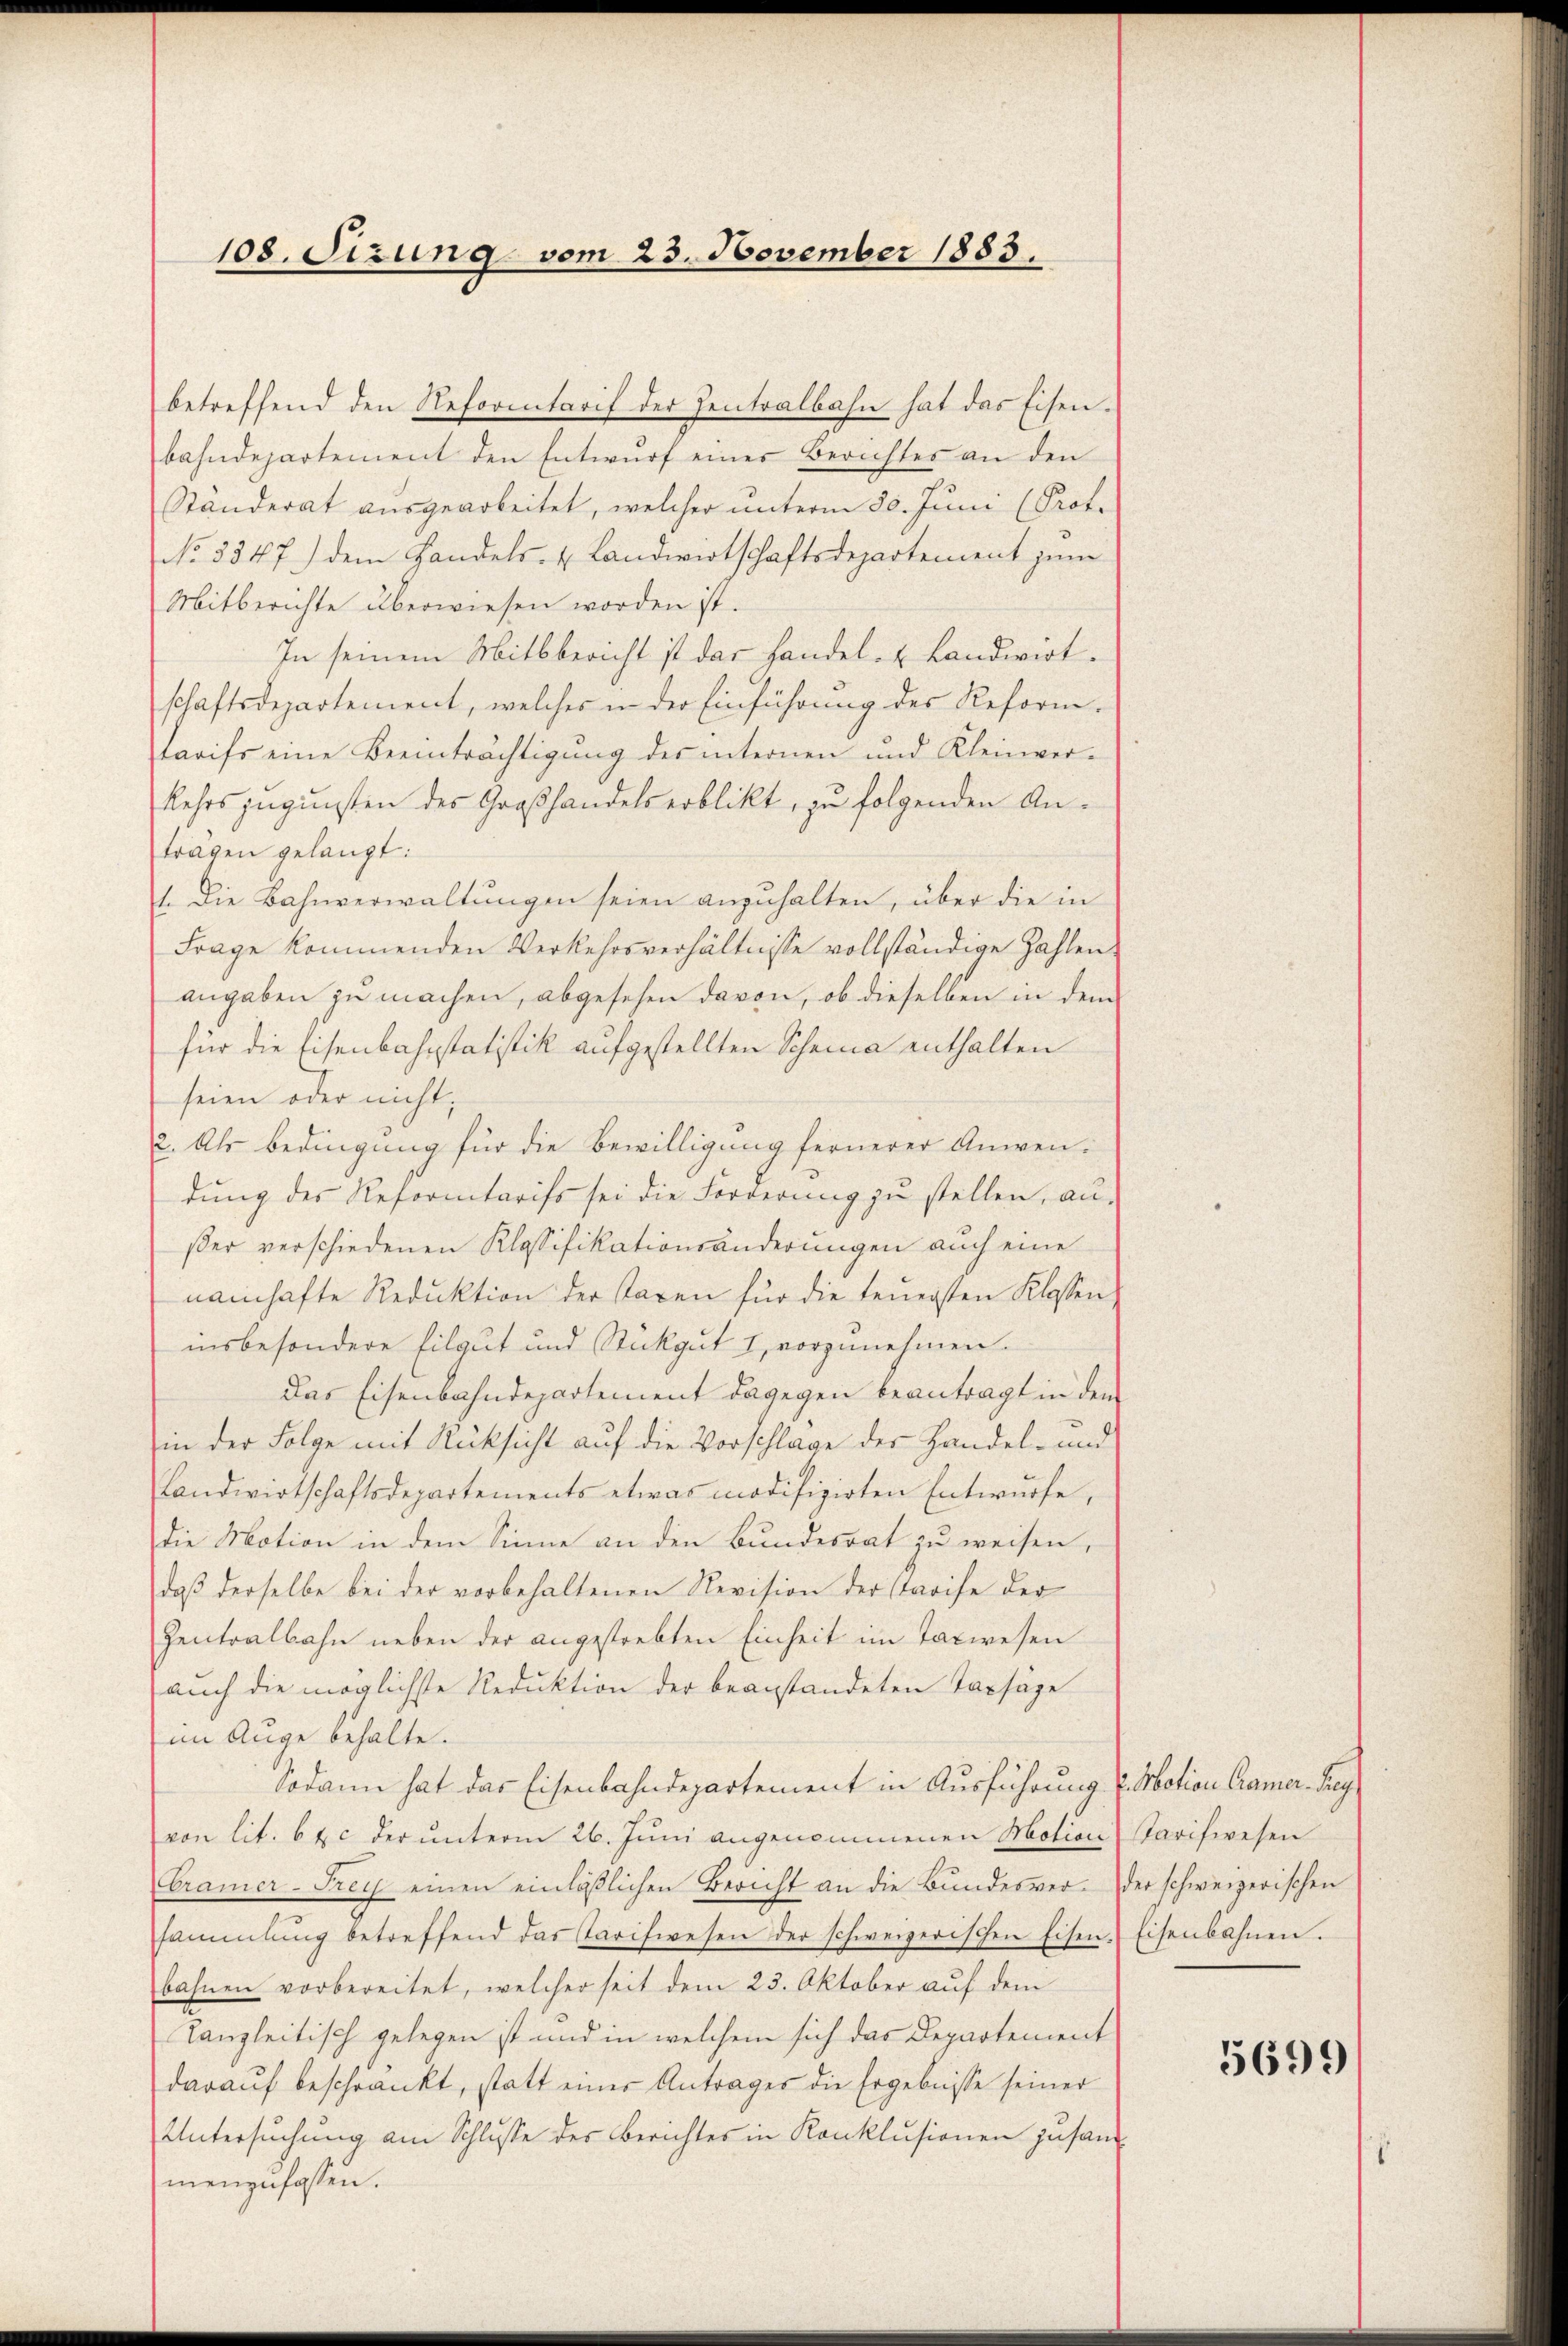
108. Sizung vom 23. November 1883.

betreffend den Reformtarif der Zentralbahn hat das Eisenbahndepartement den Entwurf eines Berichtes an den
Ständerat ausgearbeitet, welcher unterm 30. Juni (Prof.
No. 3347) dem Handels- u Landwirtschaftsdepartement zum
Mitberichte überwiesen worden ist.
In seinem Mittbericht ist das Handel- & Landwirtschaftsdepartement, welches in der Einführŭng des Reform.
tarifs eine Beeinträchtigung des internen und Kleinver-
kehrs zugunsten des Großhandels erblickt, zu folgenden Anträgen gelangt:
1. Die Bahnverwaltungen seien anzuhalten, über die in
Frage kommenden Verkehrsverhältnisse vollständige Zahlen
angaben zu machen, abgesehen davon, ob dieselben in dem
für die Eisenbahnstatistik aufgestellten Scheine enthalten
seien oder nicht;
2. Als Bedingung für die Bewilligung fernerer Anwen-
dung des Reformtarifs sei die Forderung zŭ stellen, au-
ßer verschiedenen Klassifikationsänderungen auch eine
namhafte Reduktion der Taxen für die feŭersten Klassen
insbesondere Eilgut und Stükgut I vorzunehmen.
Das Eisenbahndepartement dagegen beantragt in dem
in der Folge mit Rücksicht auf die Vorschlage der Handel- und
Landwirtschaftsdepartements etwas modifizirten Entwurfe,
die Motion in dem Sinne an den Bundesrat zu weisen,
daß derselbe bei der vorbehaltenen Revision der Starife der
Zentralbahn neben der angestrebten Einheit im Taxwesen
auch die möglichste Reduktion der beanstandeten Tarsäge
(im Auge behalte.
Sodann hat das Eisenbahndepartement in Ausführung l. Motion Camer Reg
von lit. 6 & c der unterm 26. Juni angenommenen Motion
Cramer-Frey einen einläβlichen Bericht an die Bundesver- der schweizerischen
sammlung betreffend das Tarifwesen der schweizerischen Eisenbahnen vorbereitet, welcher seit dem 23. Oktober auf dem
Tanzleitisch gelegen ist und in welchem sich das Departement
darauf beschränkt, statt einer Antrages die Ergebnisse seiner
Untersuchung am Schlusse des Berichtes in Konklusionen zusammenzufassen.

Tarifwesen
Eisenbahnen.

5699